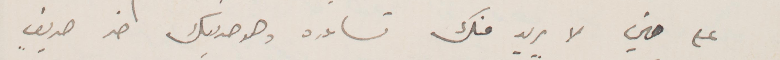
على مين لا يريد منك تساعده وهو صديقك اخر صديق